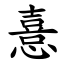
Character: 憙